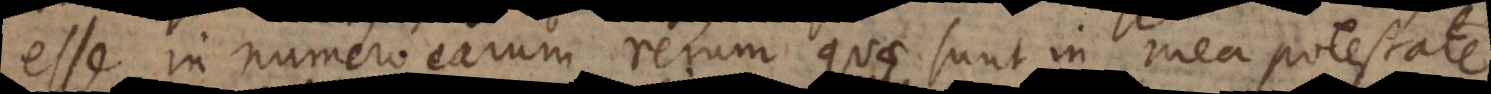
numero earum rerum quae sunt in mea potestate